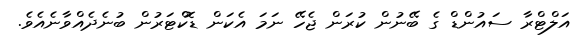
އަލްޓްރާ ސައުންޑް ގެ ބޭނުން ކުރަން ޖެހޭ ނަމަ އެކަން ޑޮކްޓަރުން ބުނެދެއްވާނެއެވެ.